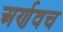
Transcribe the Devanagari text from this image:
अर्णवच